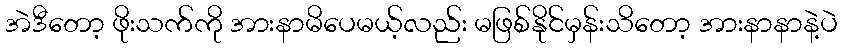
အဲဒီတော့ ဖိုးသက်ကို အားနာမိပေမယ့်လည်း မဖြစ်နိုင်မှန်းသိတော့ အားနာနာနဲ့ပဲ